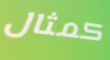
كمثال